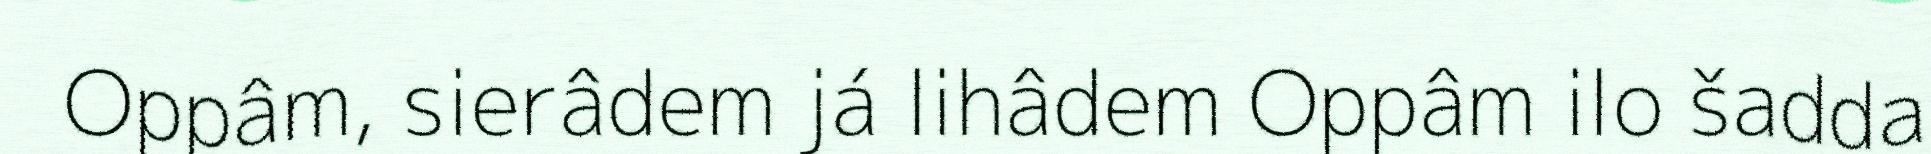
Oppâm, sierâdem já lihâdem Oppâm ilo šadda